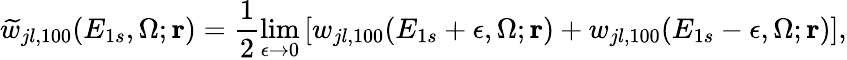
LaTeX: \widetilde w_{jl,\mathrm{100}}({E_{1s}},\Omega;\mathbf{r})=\frac{1}{2}\operatorname*{lim}_{\epsilon\to 0}\left[w_{jl,\mathrm{100}}({E_{1s}+\epsilon},\Omega;\mathbf{r})+w_{jl,\mathrm{100}}({E_{1s}-\epsilon},\Omega;\mathbf{r})\right],